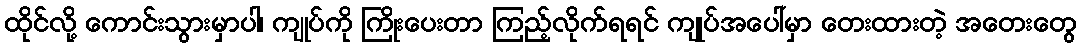
ထိုင်လို့ ကောင်းသွားမှာပါ၊ ကျုပ်ကို ကြိုးပေးတာ ကြည့်လိုက်ရရင် ကျုပ်အပေါ်မှာ တေးထားတဲ့ အတေးတွေ